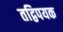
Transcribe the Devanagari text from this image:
तद्विपयक